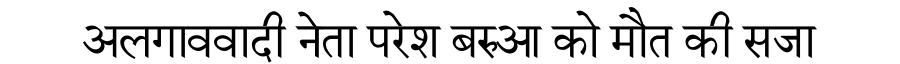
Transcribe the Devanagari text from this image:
अलगाववादी नेता परेश बरुआ को मौत की सजा